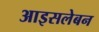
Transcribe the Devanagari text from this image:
आइसलेबन